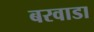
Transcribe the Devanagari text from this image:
बरवाडा